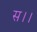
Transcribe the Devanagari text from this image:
स।।